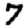
Digit: 7